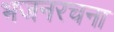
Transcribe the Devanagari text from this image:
भजनरचना